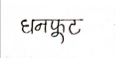
मजकूर: धनफूट